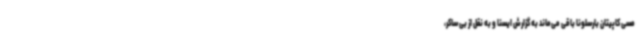
مسی کاپیتان بارسلونا باقی می‌ماند به گزارش ایسنا و به نقل از بی ساکر،